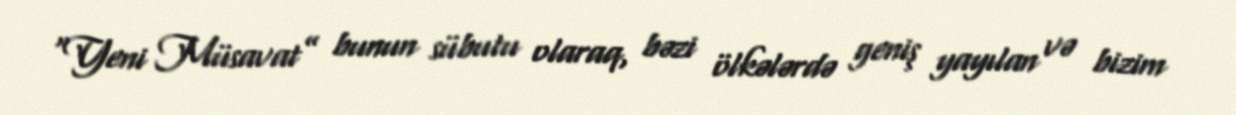
“Yeni Müsavat” bunun sübutu olaraq, bəzi ölkələrdə geniş yayılan və bizim